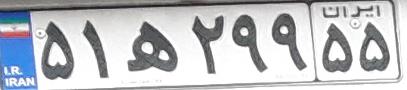
۵۱ه۲۹۹۵۵